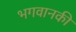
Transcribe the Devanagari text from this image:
भगवानकी